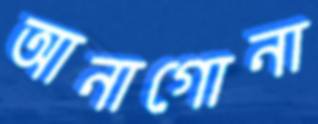
আনাগোনা